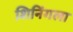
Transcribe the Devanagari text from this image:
शिनिंगला